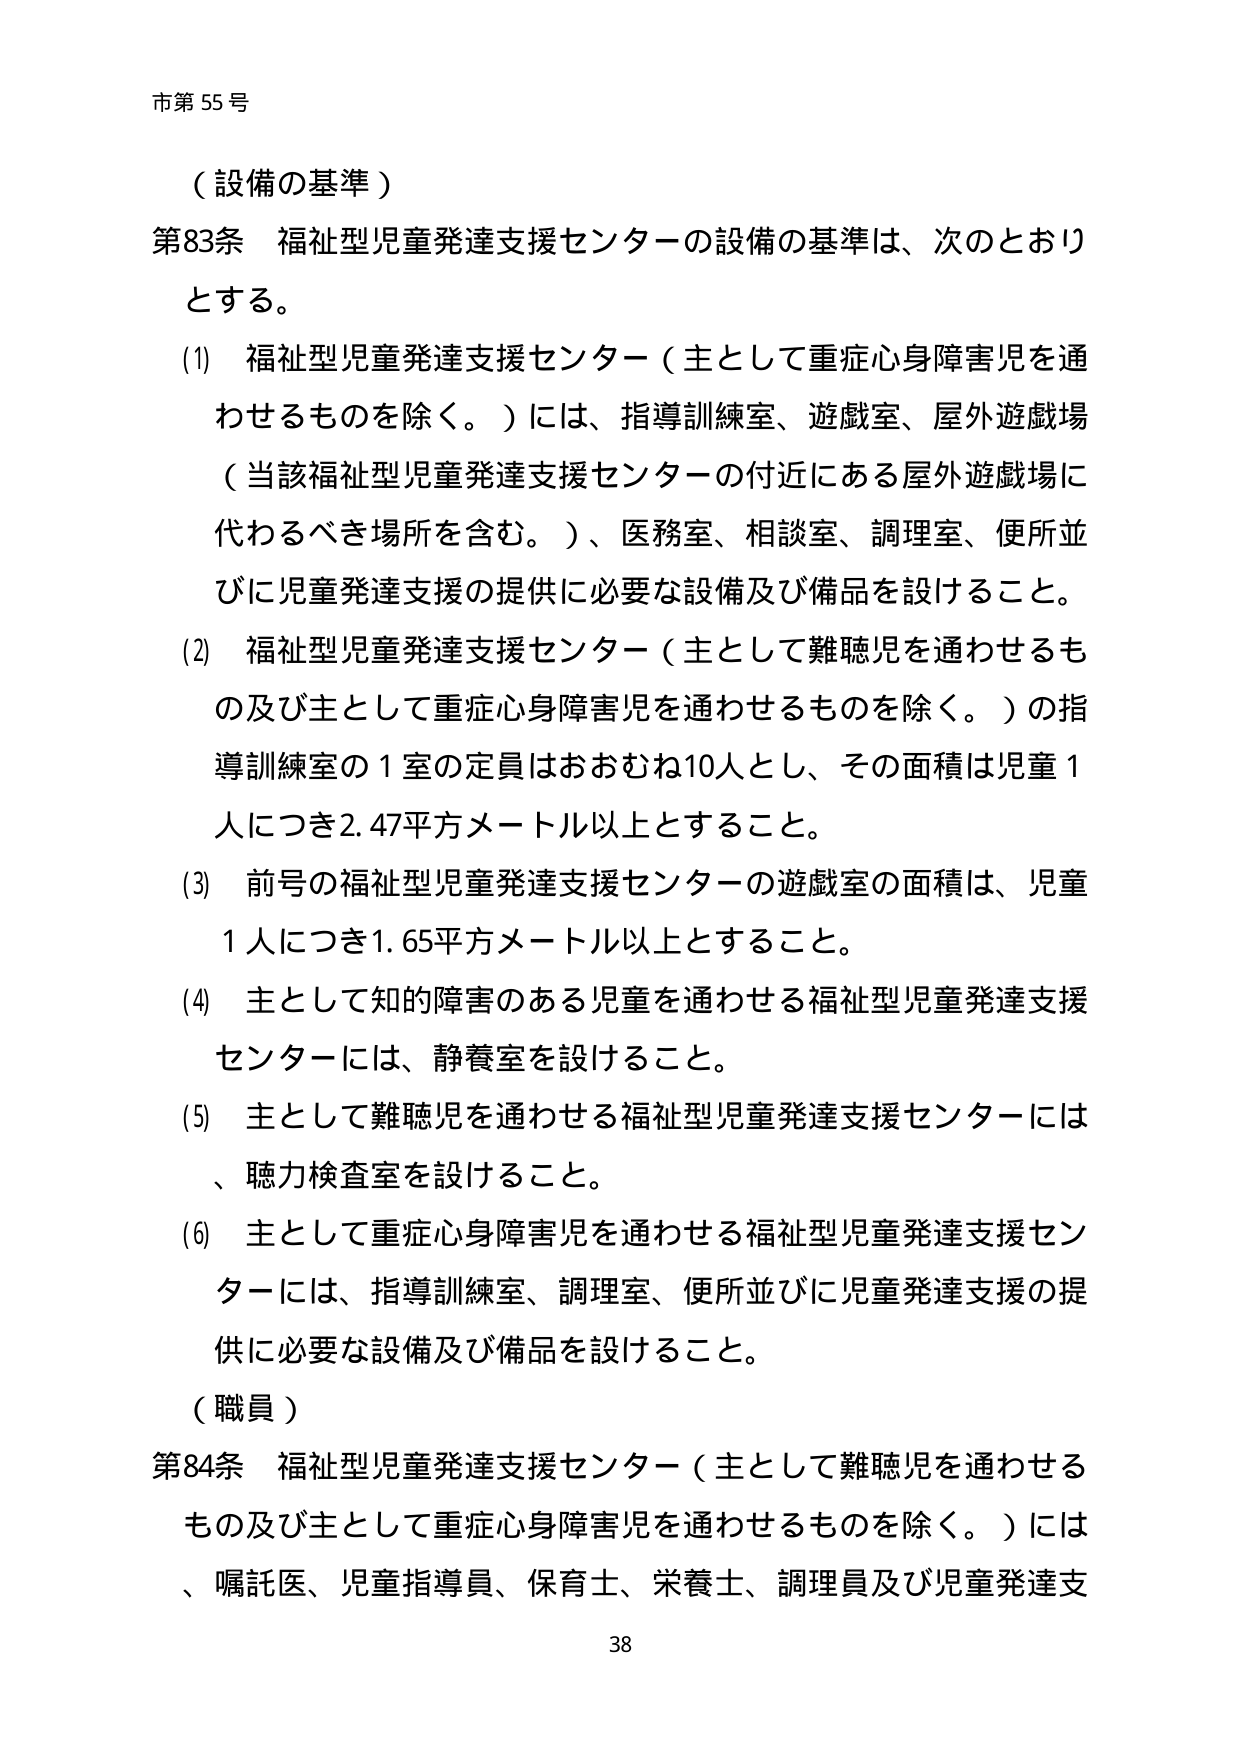
市第55号

（設備の基準）

第83条 福祉型児童発達支援センターの設備の基準は、次のとおりとする。

(1) 福祉型児童発達支援センター（主として重症心身障害児を通わせるものを除く。）には、指導訓練室、遊戯室、屋外遊戯場（当該福祉型児童発達支援センターの付近にある屋外遊戯場に代わるべき場所を含む。）、医務室、相談室、調理室、便所並びに児童発達支援の提供に必要な設備及び備品を設けること。

(2) 福祉型児童発達支援センター（主として難聴児を通わせるもの及び主として重症心身障害児を通わせるものを除く。）の指導訓練室の1室の定員はおおむね10人とし、その面積は児童1人につき2.47平方メートル以上とすること。

(3) 前号の福祉型児童発達支援センターの遊戯室の面積は、児童1人につき1.65平方メートル以上とすること。

(4) 主として知的障害のある児童を通わせる福祉型児童発達支援センターには、静養室を設けること。

(5) 主として難聴児を通わせる福祉型児童発達支援センターには、聴力検査室を設けること。

(6) 主として重症心身障害児を通わせる福祉型児童発達支援センターには、指導訓練室、調理室、便所並びに児童発達支援の提供に必要な設備及び備品を設けること。

（職員）

第84条 福祉型児童発達支援センター（主として難聴児を通わせるもの及び主として重症心身障害児を通わせるものを除く。）には、嘱託医、児童指導員、保育士、栄養士、調理員及び児童発達支

38